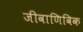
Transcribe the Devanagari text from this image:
जीवाणिविक